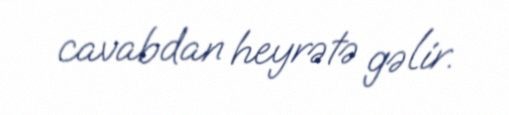
cavabdan heyrətə gəlir.